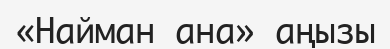
«Найман ана» аңызы